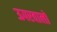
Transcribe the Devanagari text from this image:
ऊपरवालों